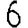
Digit: 6